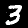
Label: 3